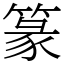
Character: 篆